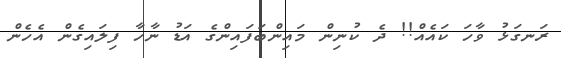
ރަނގަޅު ވާހަ ކައެއް!! ދެ ކުނިން މައިންބަފައިންގެ އަޑު ނާހާ ފިލައިގެން އެހެން